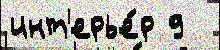
инт'ерье́р 9